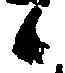
候